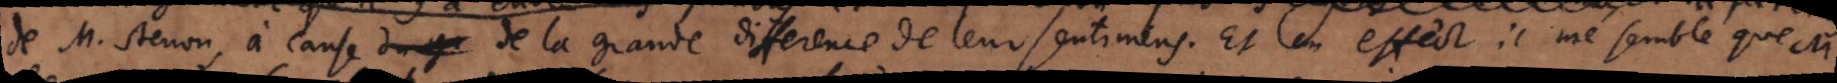
de M. Stenon, à cause ]du gr de la grande difference de leur sentimens. Et en effect il me semble que M